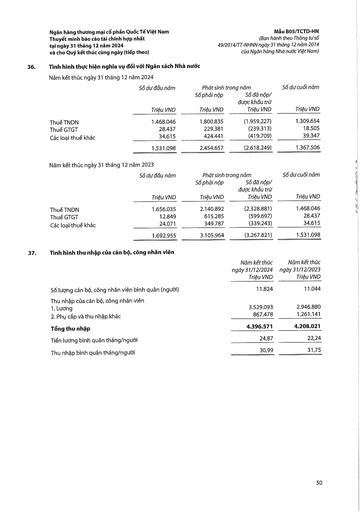
||Số dư đầu năm|Phát sinh|trong năm|Số dư cuối năm| |---|---|---|---|---| ||Triệu VND|Số phải nộp Triệu VND|Số đã nộp/được khấu trừ Triệu VND|Triệu VND| |Thuế TNDN|1.468.046|1.800.835|(1.959.227)|1.309.654| |Thuế GTGT|28.437|229.381|(239.313)|18.505| |Các loại thuế khác|34.615|424.441|(419.709)|39.347| ||1.531.098|2.454.657|(2.618.249)|1.367.506| ||Số dư đầu năm|Phát sinh|trong năm|Số dư cuối năm| |---|---|---|---|---| ||Triệu VND|Số phải nộp Triệu VND|Số đã nộp/được khấu trừ Triệu VND|Triệu VND| |Thuế TNDN|1.656.035|2.140.892|(2.328.881)|1.468.046| |Thuế GTGT|12.849|615.285|(599.697)|28.437| |Các loại thuế khác|24.071|349.787|(339.243)|34.615| ||1.692.955|3.105.964|(3.267.821)|1.531.098| ||Năm kết thúc ngày 31/12/2024 Triệu VND|Năm kết thúc ngày 31/12/2023 Triệu VND| |---|---|---| |Số lượng cán bộ, công nhân viên bình quân (người)|11.824|11.044| |Thu nhập của cán bộ, công nhân viên 1. Lương|3.529.093|2.946.880| |2. Phụ cấp và thu nhập khác|867.478|1.261.141| |Tổng thu nhập|4.396.571|4.208.021| |Tiền lương bình quân tháng/người|24,87|22,24| |Thu nhập bình quân tháng/người|30,99|31,75|